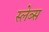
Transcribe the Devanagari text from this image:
स्लेब्स